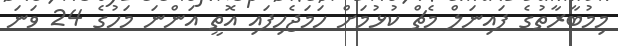
މިމުބާރާތުގެ ފައިނަލް މެޗް ކުޅުމަށް ހަމަޖެހިފައި އޮތީ އަންނަ މަހުގެ 24 ވަނަ